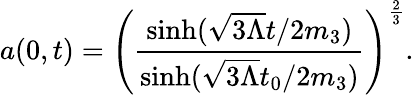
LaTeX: a(0,t)=\left(\frac{\sinh(\sqrt{3\Lambda}t/2m_{3})}{\sinh(\sqrt{3\Lambda}t_{0}/2m_{3})}\right)^{\frac{2}{3}}.